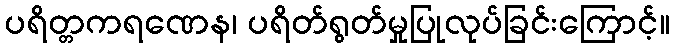
ပရိတ္တကရဏေန၊ ပရိတ်ရွတ်မှုပြုလုပ်ခြင်းကြောင့်။